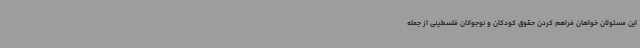
این مسئولان خواهان فراهم کردن حقوق کودکان و نوجوانان فلسطینی از جمله